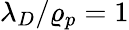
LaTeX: \lambda_{D}/\varrho_{p}=1